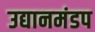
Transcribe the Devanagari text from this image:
उद्यानमंडप